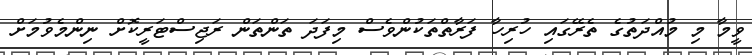
ވީމާ މި މުއްދަތުގެ ތެރޭގައި ހުރިހާ ފަރާތްތަކުންވެސް މިފަދަ ތަންތަން ރަޖިސްޓަރީކޮށް ނިންމެވުމަށް